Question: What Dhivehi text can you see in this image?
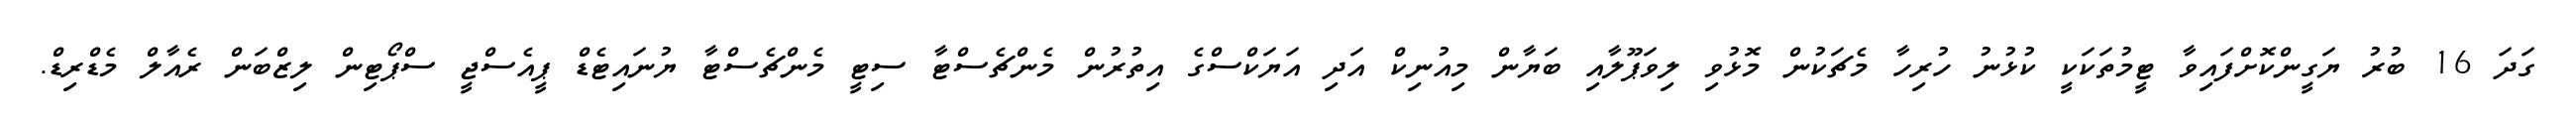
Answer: ގަދަ 16 ބުރު ޔަގީންކޮށްފައިވާ ޓީމުތަކަކީ ކުޅުނު ހުރިހާ މެޗަކުން މޮޅުވި ލިވަޕޫލާއި ބަޔާން މިއުނިކް އަދި އަޔަކްސްގެ އިތުރުން މެންޗެސްޓާ ސިޓީ މެންޗެސްޓާ ޔުނައިޓެޑް ޕީއެސްޖީ ސްޕޯޓިން ލިޒްބަން ރެއާލް މެޑްރިޑް.